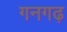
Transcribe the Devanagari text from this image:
गनगढ़